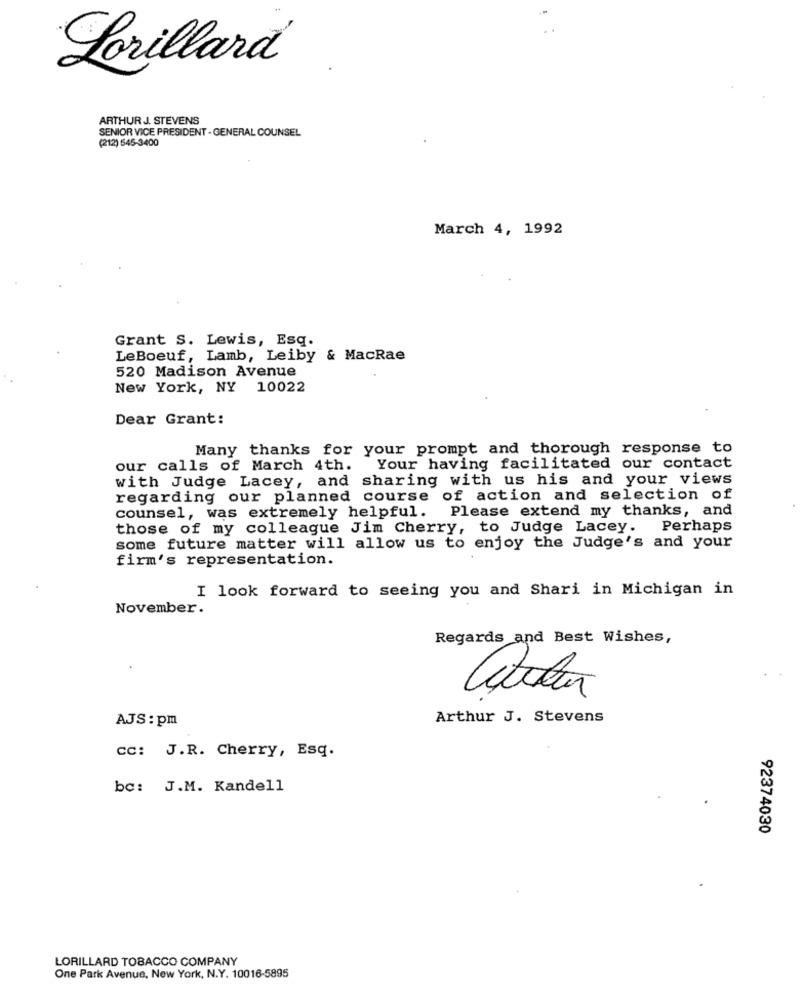
Lorillard
ARTHUR J. STEVENS
SENIOR VICE PRESIDENT - GENERAL COUNSEL
(212) 545-3400
March 4, 1992
Grant S. Lewis, Esq.
LeBoeuf, Lamb, Leiby & MacRae
520 Madison Avenue
New York, NY 10022
Dear Grant:
Many thanks for your prompt and thorough response to
our calls of March 4th. Your having facilitated our contact
with Judge Lacey, and sharing with us his and your views
regarding our planned course of action and selection of
Please extend my thanks, and
counsel, was extremely helpful.
those of my colleague Jim Cherry, to Judge Lacey. Perhaps
some future matter will allow us to enjoy the Judge's and your
firm's representation.
I look forward to seeing you and Shari in Michigan in
November.
Regards and Best Wishes,
AJS : pm
Arthur J. Stevens
cc: J.R. Cherry, Esq.
bc: J.M. Kandell
92374030
LORILLARD TOBACCO COMPANY
One Park Avenue, New York, N.Y. 10016-5895